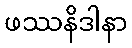
ဖဿနိဒါနာ